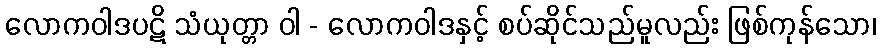
လောကဝါဒပဋိ သံယုတ္တာ ဝါ - လောကဝါဒနှင့် စပ်ဆိုင်သည်မူလည်း ဖြစ်ကုန်သော၊